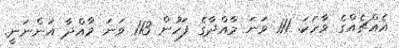
އެއްޗެއްގެ ވާހަކަ. 111 ވަނަ މާއްދާގެ ފަހުން 113 ވަނަ މާއްދާ އަންނަނީ.